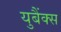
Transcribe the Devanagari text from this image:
युबैंक्स